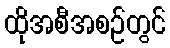
ထိုအစီအစဉ်တွင်